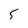
Character: 5